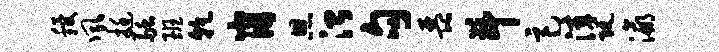
稷夙挺融班干崩恩治句琵斗巨滓阮瀛